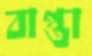
বাপ্তা